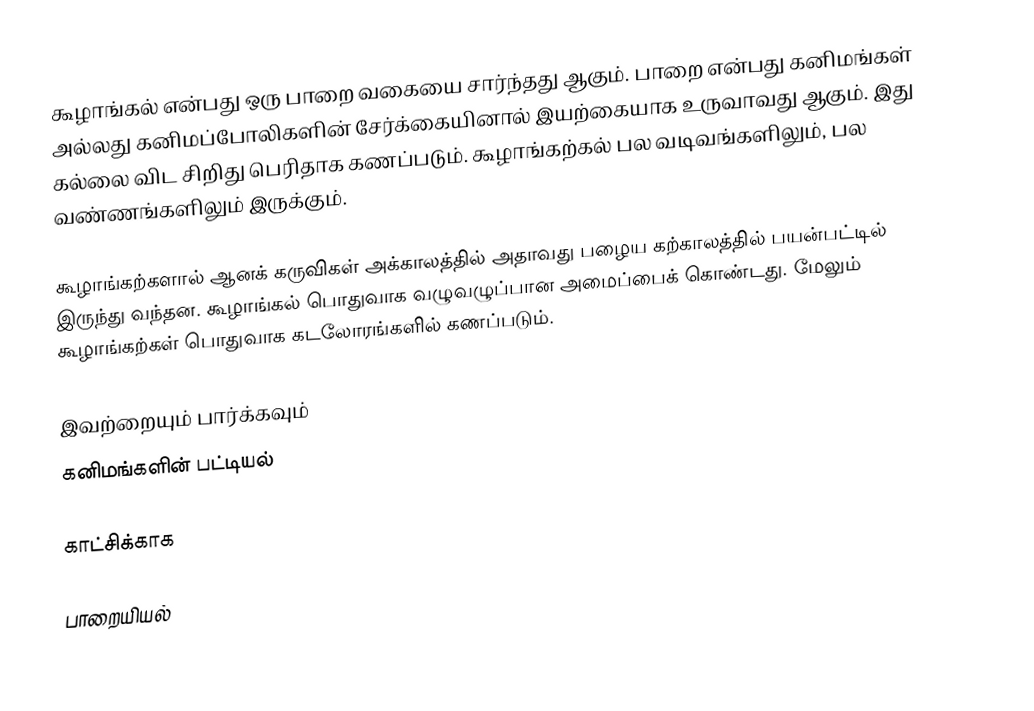
கூழாங்கல் என்பது ஒரு பாறை வகையை சார்ந்தது ஆகும். பாறை என்பது கனிமங்கள் அல்லது கனிமப்போலிகளின் சேர்க்கையினால் இயற்கையாக உருவாவது ஆகும். இது கல்லை விட சிறிது பெரிதாக கணப்படும். கூழாங்கற்கல் பல வடிவங்களிலும், பல வண்ணங்களிலும் இருக்கும்.

கூழாங்கற்களால் ஆனக் கருவிகள் அக்காலத்தில் அதாவது பழைய கற்காலத்தில் பயன்பட்டில் இருந்து வந்தன. கூழாங்கல் பொதுவாக வழுவழுப்பான அமைப்பைக் கொண்டது. மேலும் கூழாங்கற்கள் பொதுவாக கடலோரங்களில் கணப்படும்.

இவற்றையும் பார்க்கவும்
 கனிமங்களின் பட்டியல்

காட்சிக்காக

பாறையியல்